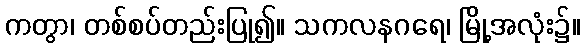
ကတွာ၊ တစ်စပ်တည်းပြု၍။ သကလနဂရေ၊ မြို့အလုံး၌။